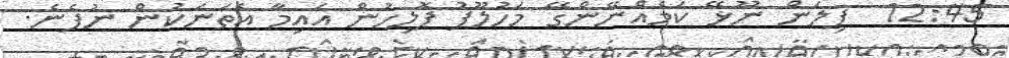
12:45  ފިލަން ނޫޅޭ ކަމެއްނޭންގޭ މަހުލޫފު ޕޮލިހުން އައިމާ އެތަނަކުން ނުފެނެ.